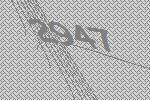
2947